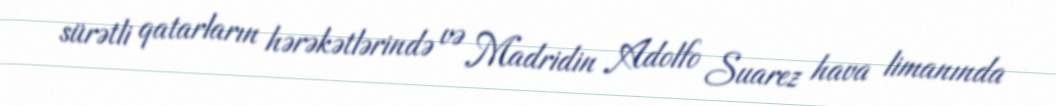
sürətli qatarların hərəkətlərində və Madridin Adolfo Suarez hava limanında